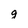
Character: g